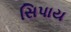
સિપાય